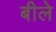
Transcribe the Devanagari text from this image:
बीले